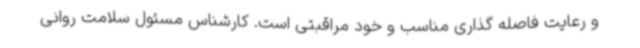
و رعایت فاصله گذاری مناسب و خود مراقبتی است. کارشناس مسئول سلامت روانی